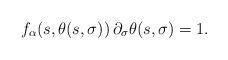
LaTeX: \begin{align*} f_\alpha(s,\theta(s,\sigma))\,\partial_\sigma\theta(s,\sigma)=1.\end{align*}